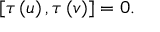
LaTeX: [ \tau \left( u \right) , \tau \left( v \right) ] = 0 .